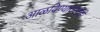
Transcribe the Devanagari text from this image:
आळविण्याजोगीही